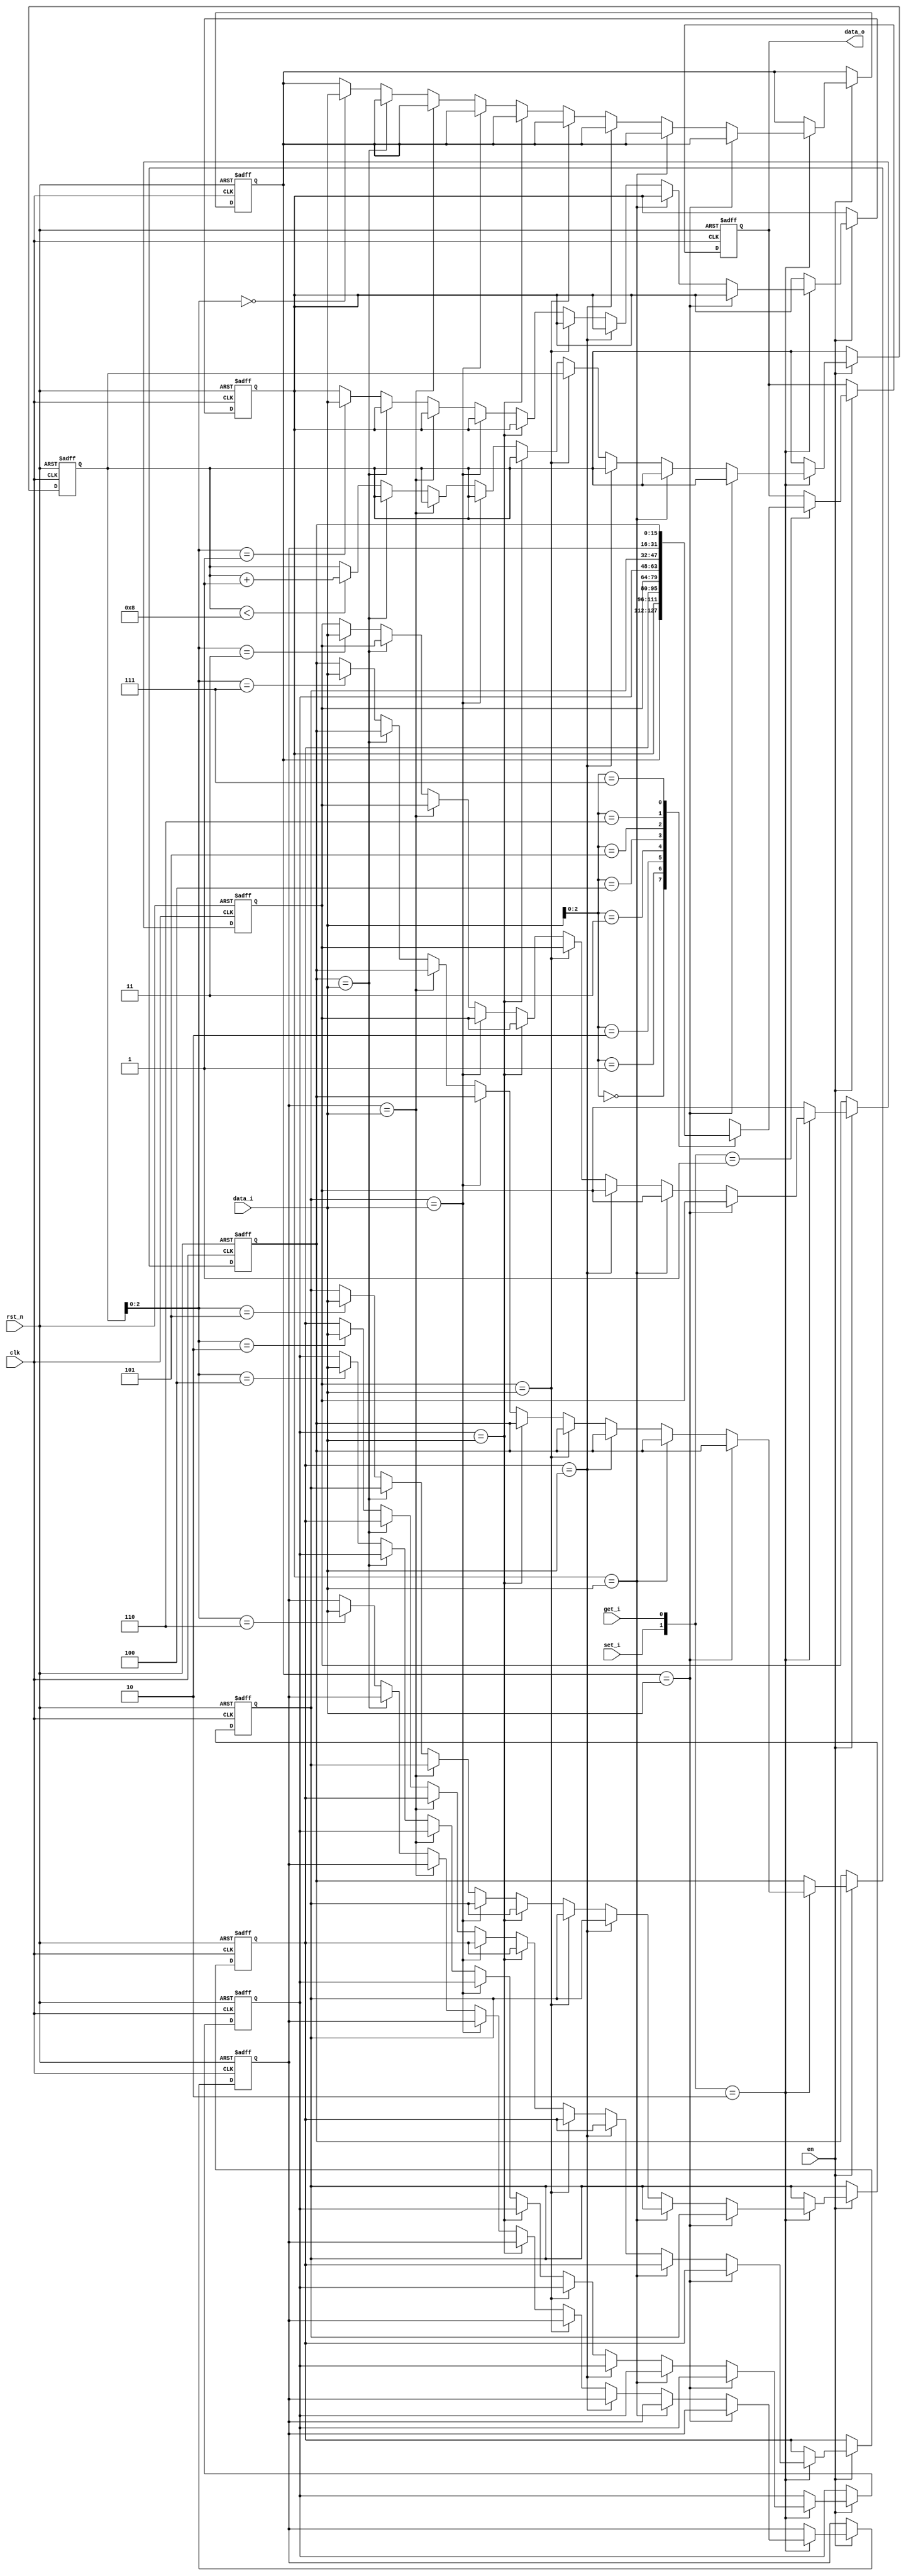
module mru_new_1tact #(
    parameter BUF_SIZE = 8,
    parameter WIDTH = 16
) (
    input clk,
    input rst_n,
    input en, //  
    input set_i, //  
    input [15:0] data_i, // 
    input get_i,  // Flag to get data
    output reg [15:0] data_o
);

  reg [WIDTH - 1 : 0] outs                            [BUF_SIZE - 1:0];

  reg [          3:0] hitIndex;  // reg to counting
  reg [          2:0] index;  // last in MRU
  reg [          3:0] freeEl = 3'b0;  // first free_el


  always @(posedge clk, negedge rst_n) begin
    if (!rst_n) begin
      outs[0] <= 20'd0;
      outs[1] <= 20'd0;
      outs[2] <= 20'd0;
      outs[3] <= 20'd0;

      outs[4] <= 20'd0;
      outs[5] <= 20'd0;
      outs[6] <= 20'd0;
      outs[7] <= 20'd0;


      hitIndex <= 4'd0;
      index <= 3'd0;
      freeEl <= 4'd0;

      data_o <= 16'd0;

    end else if (en) begin
        case ({
            set_i, get_i
        })
        2'b01: begin
          data_o[15:0] <= outs[data_i];
        end
        2'b10: begin
            hitIndex <= 0;

            if (outs[0] == data_i)
            begin
                index  <= 0;
            end
            else if (outs[1] == data_i)
            begin
                index  <= 1;
            end
            else if (outs[2] == data_i)
            begin
                index  <= 2;
            end
            else if (outs[3] == data_i)
            begin
                index  <= 3;
            end
            else if (outs[4] == data_i)
            begin
                index  <= 4;
            end
            else if (outs[5] == data_i)
            begin
                index  <= 5;
            end
            else if (outs[6] == data_i)
            begin
                index  <= 6;
            end
            else if (outs[7] == data_i)
            begin
                index  <= 7;
            end
            else
            begin
                if (freeEl < 4'd8) begin
                outs[freeEl] <= data_i;
                index  <= freeEl;
                freeEl <= freeEl + 1;
                end
                else
                begin
                    outs[freeEl] <= data_i;
                end
            end

        end
        endcase


    end
  end
endmodule